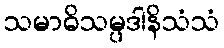
သမာဓိသမ္ပဒါနိသံသံ